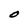
Character: O